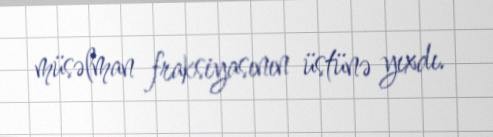
müsəlman fraksiyasının üstünə yıxdı.